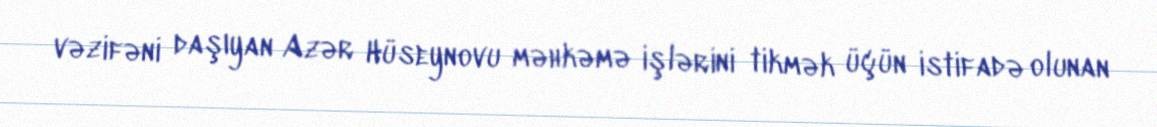
vəzifəni daşıyan Azər Hüseynovu məhkəmə işlərini tikmək üçün istifadə olunan